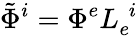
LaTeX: \tilde{\Phi}^{i}=\Phi^{e}L_{e}^{\phantom{e}i}